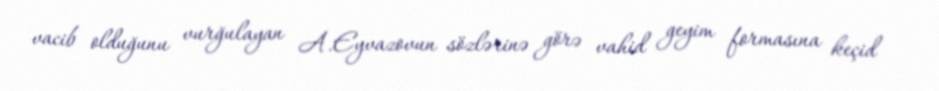
vacib olduğunu vurğulayan A.Eyvazovun sözlərinə görə vahid geyim formasına keçid